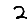
Digit: 2